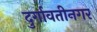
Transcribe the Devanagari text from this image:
दुर्गावतीनगर